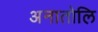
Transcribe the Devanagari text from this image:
अनातोलि